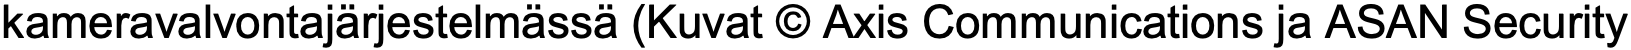
kameravalvontajärjestelmässä (Kuvat © Axis Communications ja ASAN Security